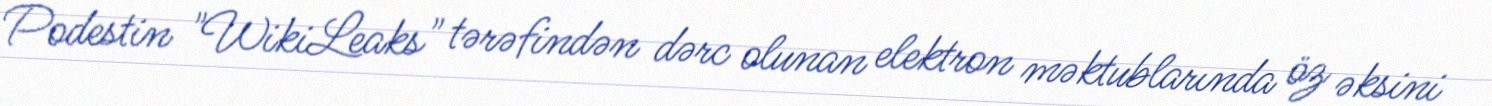
Podestin "WikiLeaks" tərəfindən dərc olunan elektron məktublarında öz əksini